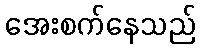
အေးစက်နေသည်